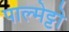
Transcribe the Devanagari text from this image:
पाल्मेट्टो